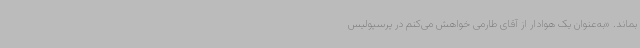
بماند. «به‌عنوان یک هوادار از آقای طارمی خواهش می‌کنم در پرسپولیس